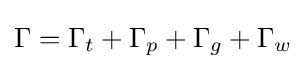
\Gamma =\Gamma _{t}+\Gamma _{p}+\Gamma _{g}+\Gamma _{w}